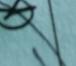
Signature authenticity: forged